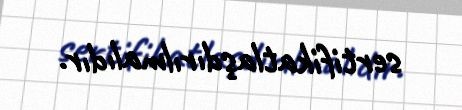
sertifikatlaşdırılmalıdır.